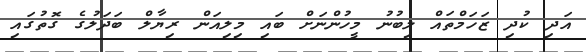
އަދި ކުދި ޒަހަމްތައް ލިބުނު މީހުންނަށް ބައި މިލިއަން ރިޔާލް ބަދަލުގެ ގޮތުގައި